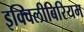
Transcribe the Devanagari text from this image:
इक्विलीबिरियम